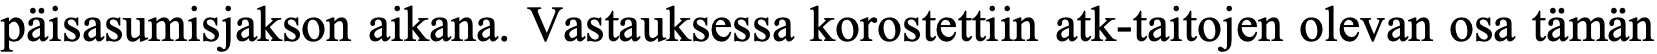
päisasumisjakson aikana. Vastauksessa korostettiin atk-taitojen olevan osa tämän